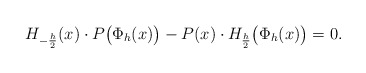
\begin{align*} H_{-\frac{h}{2}}(x)\cdot P\big(\Phi_h(x)\big)-P(x)\cdot H_{\frac{h}{2}}\big(\Phi_h(x)\big)=0. \end{align*}